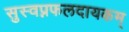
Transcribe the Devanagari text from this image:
सुस्वप्नफलदायकम्